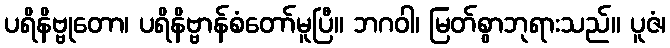
ပရိနိဗ္ဗုတော၊ ပရိနိဗ္ဗာန်စံတော်မူပြီ။ ဘဂဝါ၊ မြတ်စွာဘုရားသည်။ ပူဇံ၊